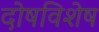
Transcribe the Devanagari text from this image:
दोषविशेष